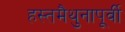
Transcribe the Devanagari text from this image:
हस्तमैथुनापूर्वी